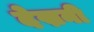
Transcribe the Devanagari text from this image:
देख्ननी